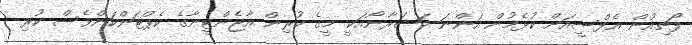
ފޯޗިއުން އެފްސީއަށް ކުޅެމުން އަންނަ މަޝަރާނޯއަކީ މީގެ ކުރިން އާޖެންޓީނާގެ ކެޕްޓަންކަންވެސް ކުރި